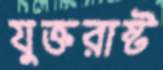
যুক্তরাষ্ট